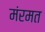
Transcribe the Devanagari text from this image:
मंरमत